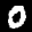
Label: 0